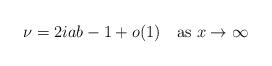
LaTeX: \begin{align*} \nu=2ia b-1+o(1)\quad{\rm as}~x\rightarrow\infty\end{align*}